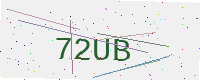
Text: 72UB